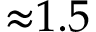
{ \approx } 1 . 5